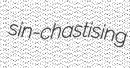
sin-chastising